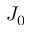
J _ { 0 }